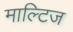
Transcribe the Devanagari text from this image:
माल्टिज